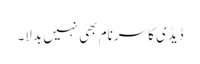
ڈیڈی کا سرنام بھی نہیں بدلا۔